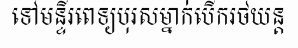
ទៅមន្ទីរពេទ្យបុរសម្នាក់បើករថយន្ត